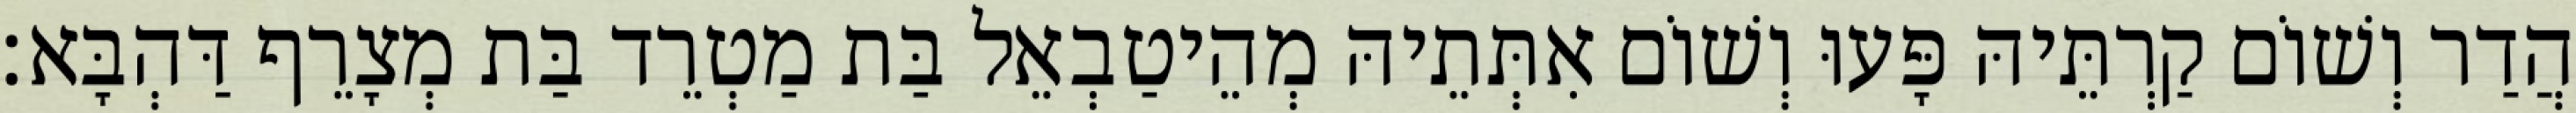
הֲדַר וְשׁוֹם קַרְתֵּיהּ פָּעוּ וְשׁוֹם אִתְּתֵיהּ מְהֵיטַבְאֵל בַּת מַטְרֵד בַּת מְצָרֵף דַּהְבָּא׃